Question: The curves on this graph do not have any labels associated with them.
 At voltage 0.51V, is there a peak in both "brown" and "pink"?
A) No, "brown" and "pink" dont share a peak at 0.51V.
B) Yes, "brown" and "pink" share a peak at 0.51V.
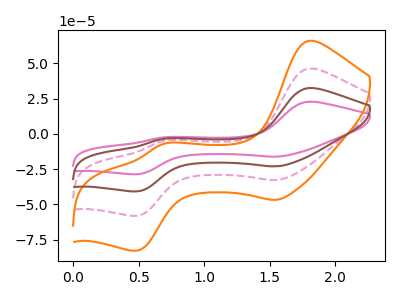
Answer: <think>The pink curve "pink" has anodic peaks at (1.80V, 138.80uA) (0.70V, -15.00uA) and cathodic peaks at (1.55V, -98.30uA) (0.50V, -174.10uA). The pink dashed curve "pink dashed" has anodic peaks at (1.80V, 46.25uA) (0.70V, -5.00uA) and cathodic peaks at (1.55V, -32.75uA) (0.50V, -58.05uA). The orange curve "orange" has anodic peaks at (1.80V, 65.95uA) (0.70V, -7.15uA) and cathodic peaks at (1.55V, -46.70uA) (0.50V, -82.70uA). The brown curve "brown" has anodic peaks at (1.80V, 92.55uA) (0.70V, -10.00uA) and cathodic peaks at (1.55V, -65.50uA) (0.50V, -116.10uA).</think>
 <answer>A) No, "brown" and "pink" dont share a peak at 0.51V.</answer>
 <eval>A</eval>